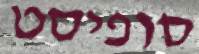
סופיסט